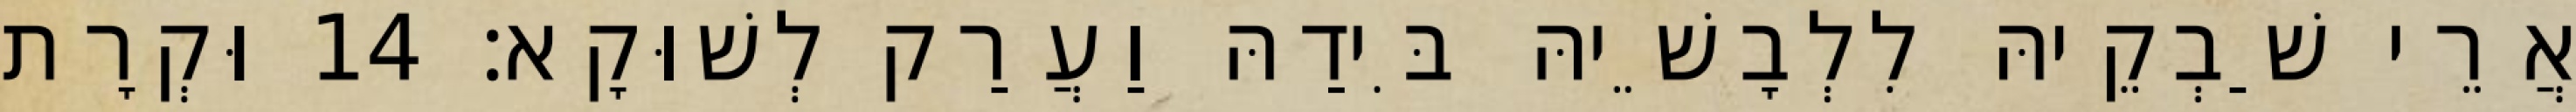
אֲרֵי שַׁבְקֵיהּ לִלְבָשֵׁיהּ בִּידַהּ וַעֲרַק לְשׁוּקָא׃ 14 וּקְרָת